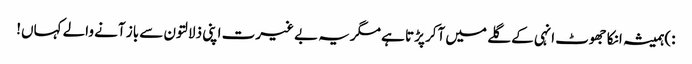
:)ہمیشہ انکا جھوٹ انہی کے گلے میں آکر پڑتا ہے مگریہ بے غیرت اپنی ذلالتون سے باز آنے والے کہاں!